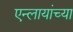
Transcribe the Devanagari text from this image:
एन्लायांच्या